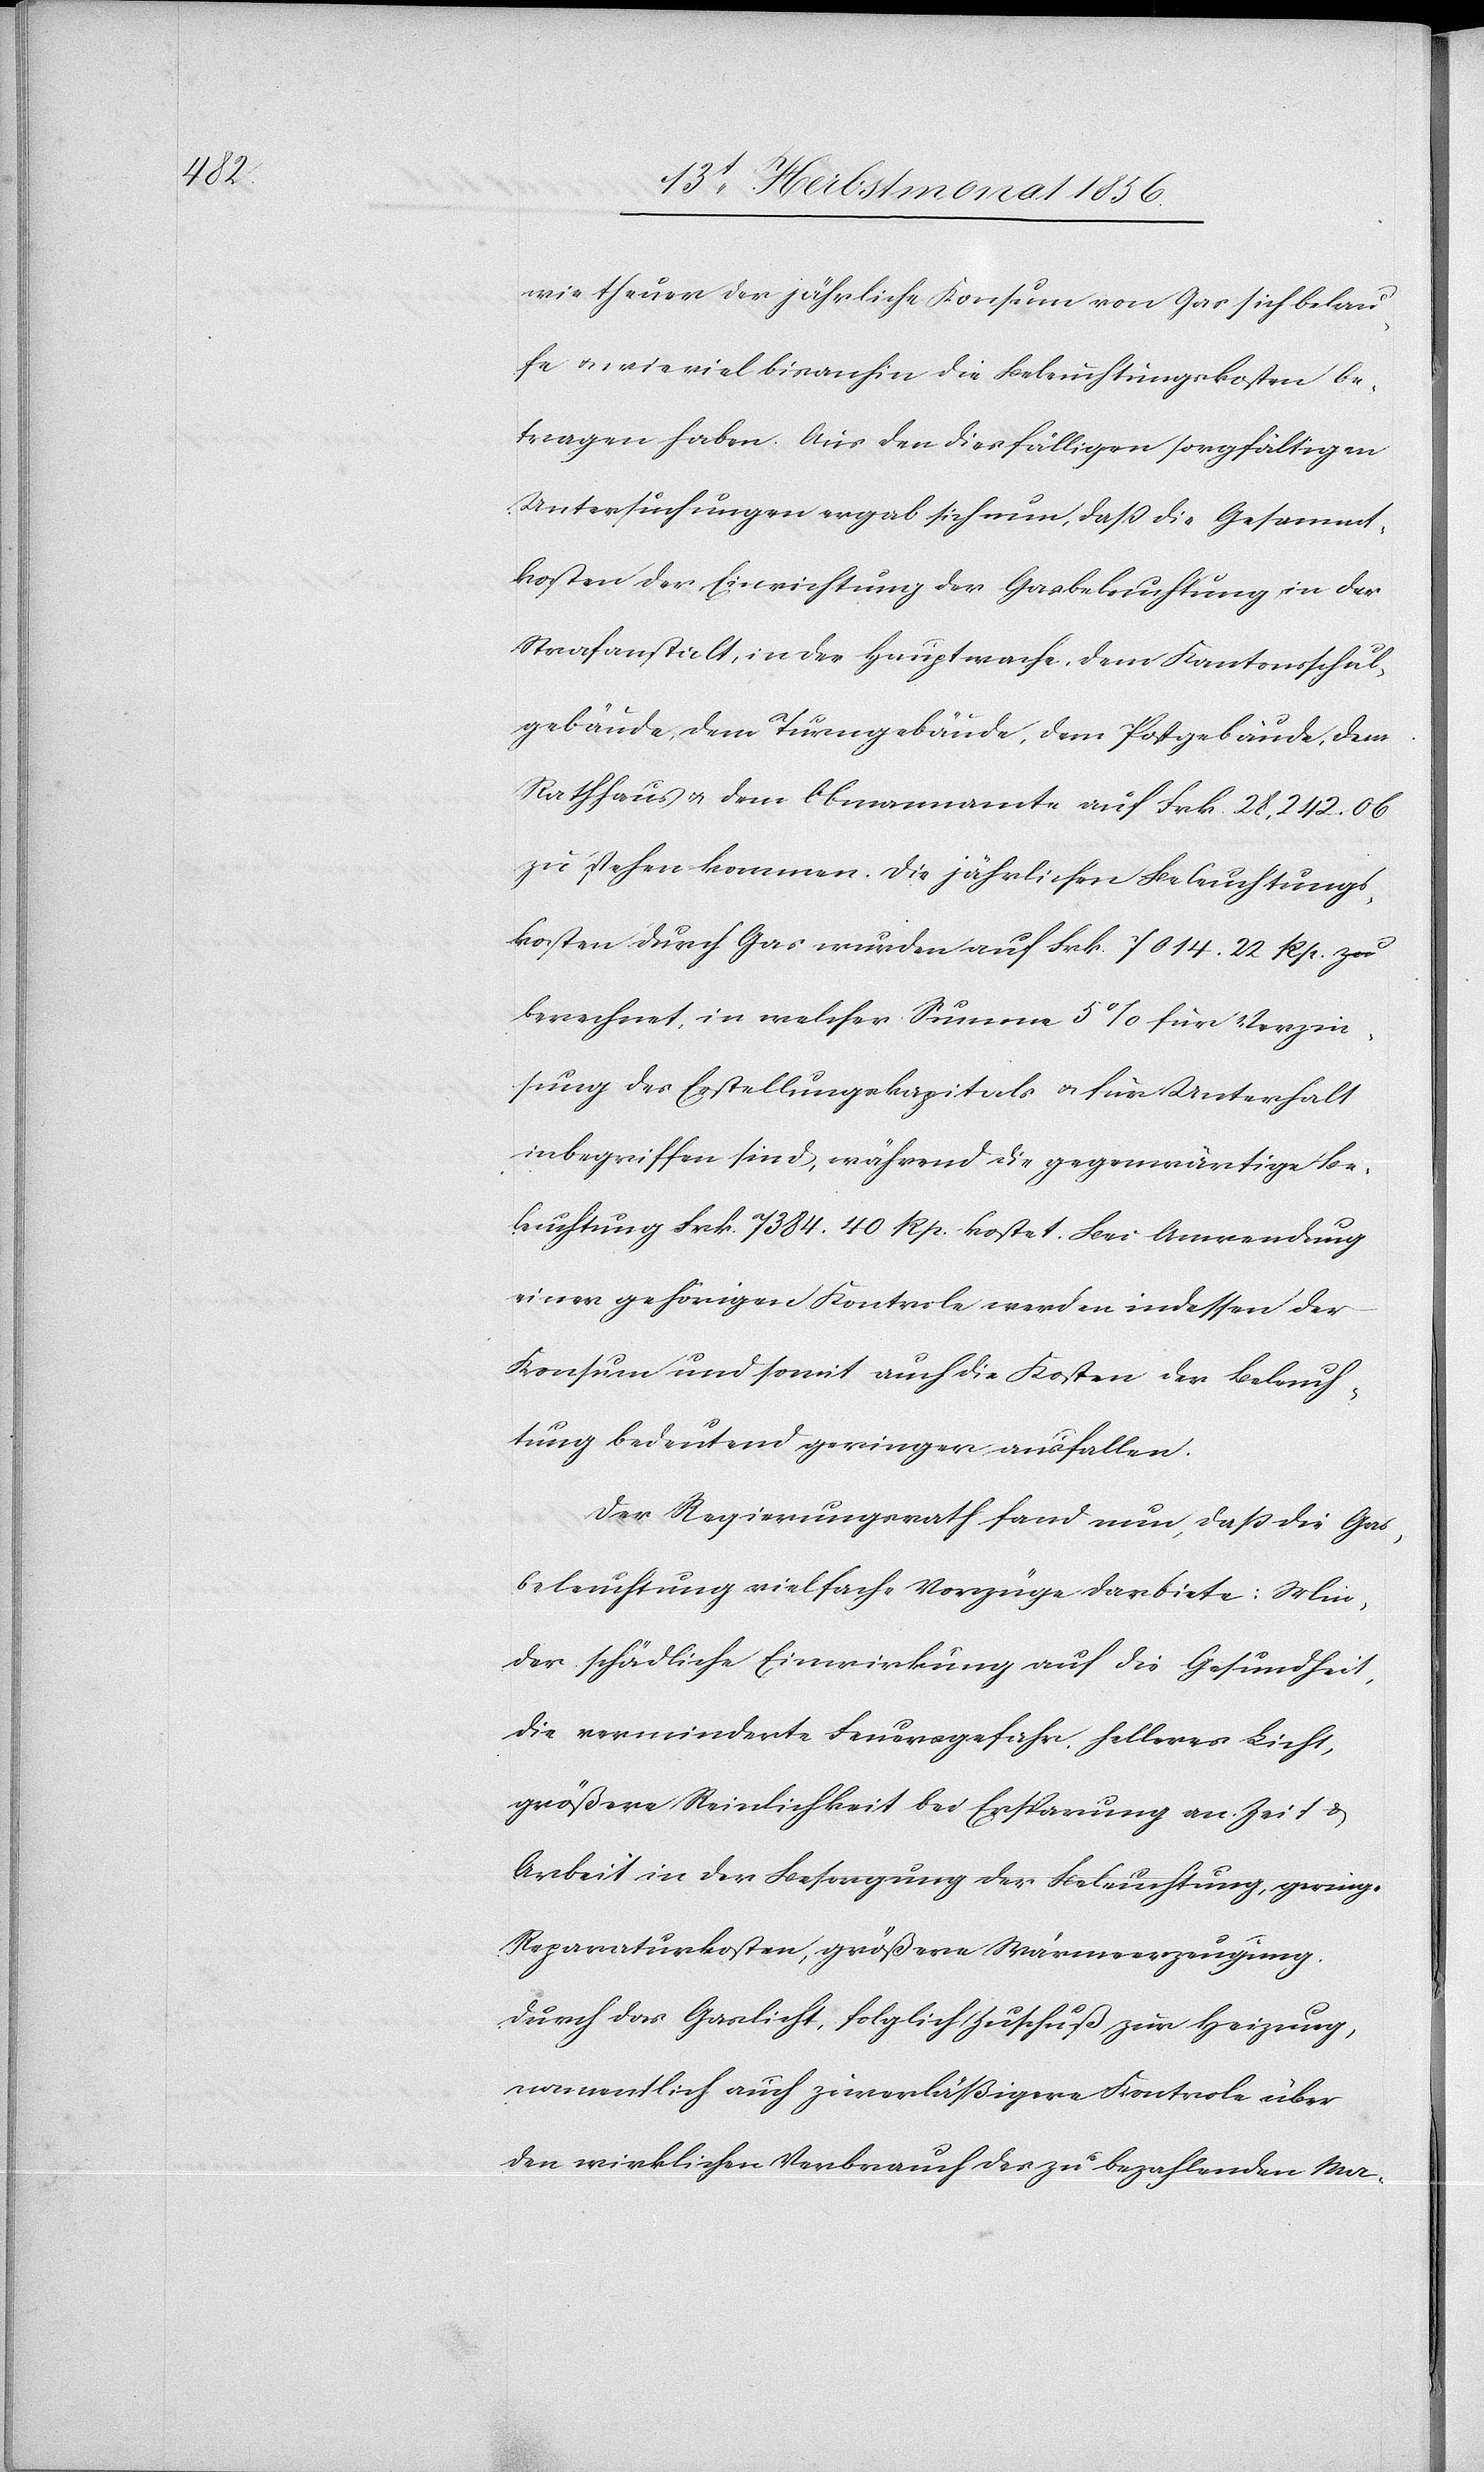
wie theuer der jährliche Konsum von Gas sich belau¬
fe u., wie viel bisanhin die Beleuchtungskosten be¬
tragen haben. Aus den diesfälligen sorgfältigen
Untersuchungen ergab sich nun, dass die Gesammt¬
kosten der Einrichtung der Gasbeleuchtung in der
Strafanstalt, in der Hauptwache, dem Kantonsschul¬
gebäude, dem Turngebäude, dem Postgebäude, dem
Rathhaus u. dem Obmannamte auf Frk. 28,242. 06
zu stehen kommen. Die jährlichen Beleuchtungs¬
kosten durch Gas wurden auf Frk. 7014. 22 Rp.
berechnet, in welcher Summe 5% für Verzin¬
sung des Erstellungskapitals u. für Unterhalt
inbegriffen sind, während die gegenwärtige Be¬
leuchtung Frk. 7384. 40 Rp. kostet. Bei Anwendung
einer gehörigen Kontrole werden indessen der
Konsum und somit auch die Kosten der Beleuch¬
tung bedeutend geringer ausfallen.
Der Regierungsrath fand nun, dass die Gas¬
beleuchtung vielfache Vorzüge darbiete: Min¬
der schädliche Einwirkung auf die Gesundheit,
die verminderte Feuergefahr, helleres Licht,
größere Reinlichkeit bei Ersparung an Zeit &
Arbeit in der Besorgung der Beleuchtung, geringe
Reparaturkosten, größere Wärmeerzeugung
durch das Gaslicht, folglich Zuschuß zur Heizung,
namentlich auch zuverläßigere Kontrole über
den wirklichen Verbrauch des zu bezahlenden Ma-